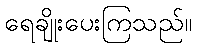
ရေချိုးပေးကြသည်။